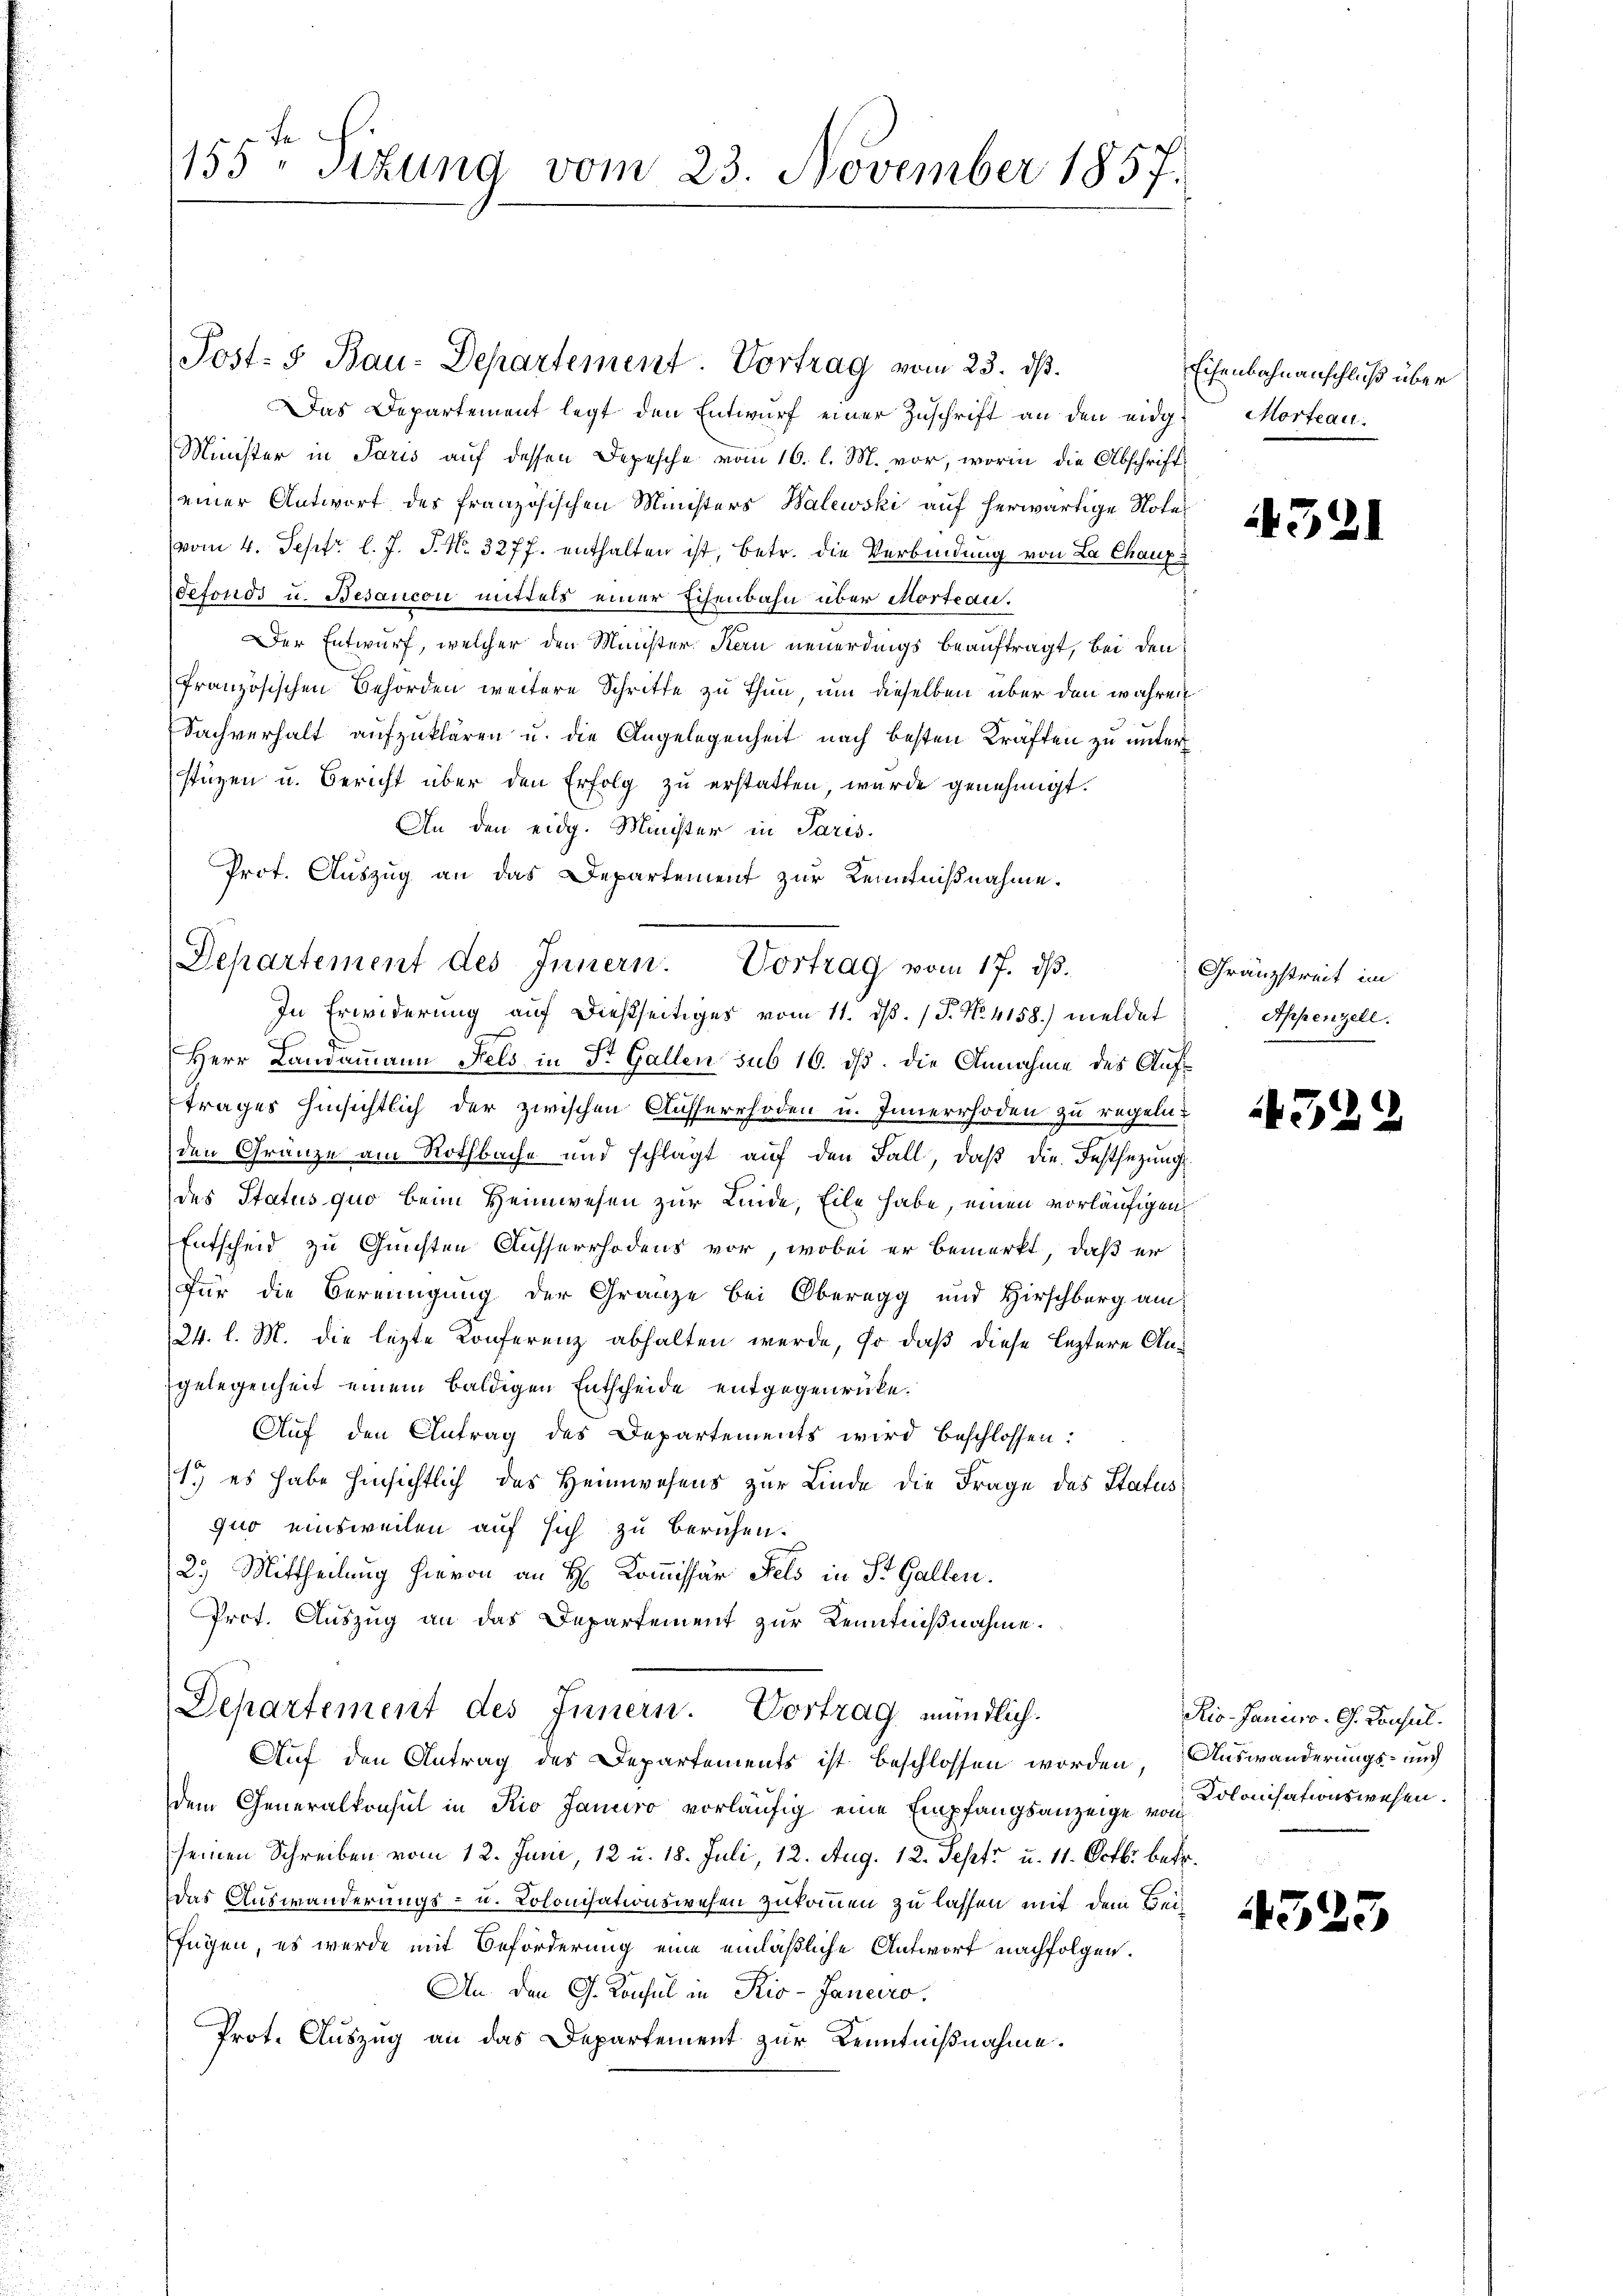
155 - Sizung vom 23. November 1857.

Post: 5. Bau-Departement. Vortrag vom 23. ds.
as Departement legt den Entwŭrf einer Zuschrift an den eidg. Morteau¬
Minister in Paris auf dessen Depesche vom 16. l. M. vor, worin die Abschrift
einer Antwort des französischen Ministers Balewski auf herwärtige Note
(vom 4. Sept. l. J. J. No. 3277. enthalten ist, betr. die Verbindung von La Chaux
defonds u. Besancon mittels einer Eisenbahn über Morteau.
Der Entwurf, welcher den Minister Kan neuerdings beauftragt, bei den
französischen Behörden weitere Schritte zu thun, um dieselben über den wahren
Sachverhalt aufzuklären u. die Angelegenheit nach besten Kräften zu unter
stüzen u. Bericht über den Erfolg zu erstatten, wurde genehmigt.
An den eidg. Minister in Paris.
Prot. Auszug an das Departement zur Kenntnißnahme.
Departement des Innern. Vortrag vom 17. ds.
In Erwiderung auf dießseitiges vom 11. ds. (T. No. 4158) meldet
Herr Landammann Fels in Dr. Gallen sub 16. ds. die Annahme des Auftrages hinsichtlich der zwischen Ausserrhoden u. Innerrhoden zu regeln.
den Gränze am Rothbache und schlägt auf den Fall, daß die Festsezung
des Status quo beim Heimwesen zur Linde, Eile habe, einen vorläufigen
Entscheid zu Gunsten Ausserrhodens vor, wobei er bemerkt, daß er
Für die Bereinigung der Gränze bei Oberegg und Hirschberg am
24. l. M. die lezte Konferenz abhalten werde, so daß diese leztere Angelegenheit einem baldigen Entscheide entgegenrücke.
Auf den Antrag des Departements wird beschlossen:
1.) es habe hinsichtlich des Heimwesens zur Linde die Frage des Status
quo einsweilen auf sich zu beruhen.
(2.) Mittheilung hievon an H. Kommissär Fels in St. Gallen.
Prot. Auszug an das Departement zur Kenntnißnahme.
Departement des Innern. Vortrag mündlich.
Auf den Antrag des Departements ist beschlossen worden, Auswanderungs- und
dem Generalkonsul in Kio Janeiro vorläufig eine Empfangsanzeige von
seinen Schreiben vom 12. Juni, 12 u. 18. Juli, 12. Aug. 12. Sept. u. 11. Octbr. betr.
das Auswanderungs- u. Kolonisationswesen zukommen zu lassen mit dem Beifügen, es werde mit Beförderung eine einläßliche Antwort nachfolgen.
An den G. Konsul in Rio-Janeiro.
Prot. Auszug an das Departement zur Kenntnißnahme.

Eisenbahnanschluß über

321

Gränzstreit im
Appenzell.

34

Rio-Janeiro -G. Consul
Dolonisationswesen.

439